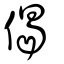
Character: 偈